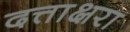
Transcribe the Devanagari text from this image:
दत्ताक्षरा